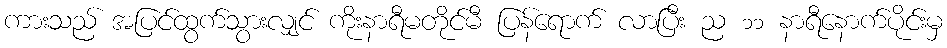
ကားသည် အပြင်ထွက်သွားလျှင် ကိုးနာရီမတိုင်မီ ပြန်ရောက် လာပြီး ည ၁၁ နာရီနောက်ပိုင်းမှ